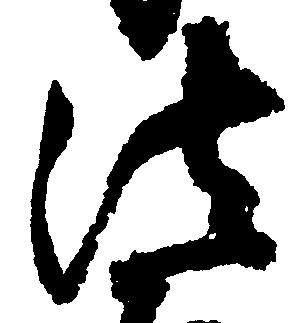
法